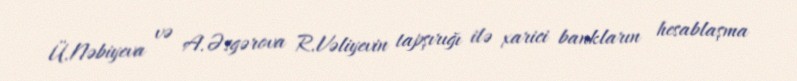
Ü.Nəbiyeva və A.Əsgərova R.Vəliyevin tapşırığı ilə xarici bankların hesablaşma